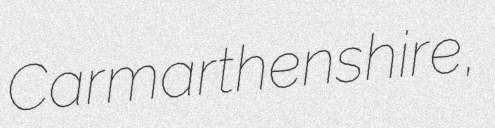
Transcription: Carmarthenshire,